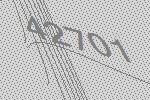
42701